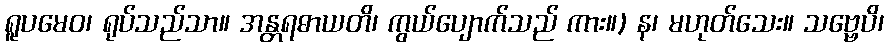
ရူပမေဝ၊ ရုပ်သည်သာ။ အန္တရဓာယတိ၊ ကွယ်ပျောက်သည် ကား။) န၊ မဟုတ်သေး။ သဗ္ဗေပိ၊